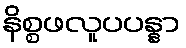
နိစ္စဖလူပပန္နာ